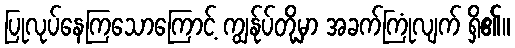
ပြုလုပ်နေကြသောကြောင့် ကျွန်ုပ်တို့မှာ အခက်ကြုံလျက် ရှိ၏။